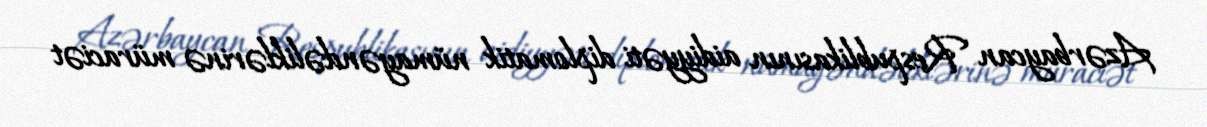
Azərbaycan Respublikasının aidiyyəti diplomatik nümayəndəliklərinə müraciət